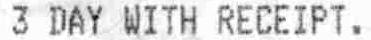
3 DAY WITH RECEIPT.